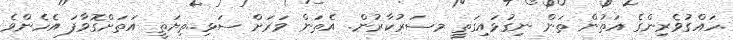
.ހައްގުވެރިންގެ އަތުން ތަން ނިގުޅައިގަތީ މސަރުކާރުން. އެތަން ވަރަށް ސަޅި..ތިޔަތީ އަތަށްގޮވާފަ އެހެންވެ